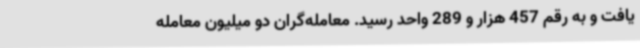
یافت و به رقم 457 هزار و 289 واحد رسید. معامله‌گران دو میلیون معامله